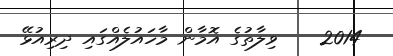
2014    ވިލާތުގެ އޮމާން މާހައުލެއްގައި ދިރިއުޅޭ